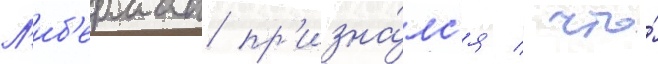
Л'иб'ерман пр'изна́лс'я / что́